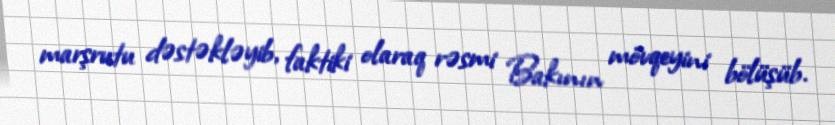
marşrutu dəstəkləyib, faktiki olaraq rəsmi Bakının mövqeyini bölüşüb.